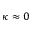
\kappa \approx 0